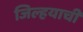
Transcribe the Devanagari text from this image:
जिल्हयाची